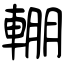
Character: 輣